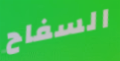
السفاح